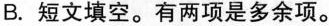
B. 短文填空.有两项是多余项。